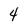
Character: 4